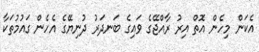
އެކަން މިހެން އޮތް އިރު ރާއްޖޭގެ ވައިގެ ބަނދަރު ދުނިޔޭގެ އެހެން ގައުމުތަކާ